Indian journal of veterinary science and animal husbandry - Volumes 18-21, 1948-1951
Year: 1948
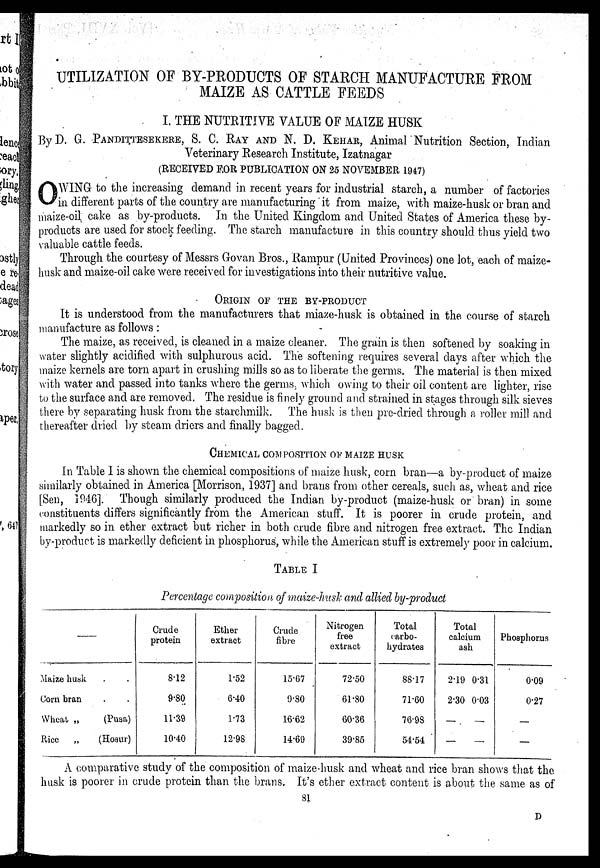
UTILIZATION OF BY-PRODUCTS OF STARCH MANUFACTURE FROM
MAIZE AS CATTLE FEEDS
I. THE NUTRITIVE VALUE OF MAIZE HUSK
By D. G. PANDITTESEKERE, S. C. RAY AND N. D.
, Animal Nutrition Section, Indian
Veterinary Research Institute, Izatnagar
(RECEIVED FOR PUBLICATION ON 25 NOVEMBER 1947)
O WING to the increasing demand in recent years for industrial starch, a number of factories
in different parts of the country are manufacturing it from maize, with maize-husk or bran and
maize-oil cake as by-products. In the United Kingdom and United States of America these by-
products are used for stock feeding. The starch manufacture in this country should thus yield two
valuable cattle feeds.
Through the courtesy of Messrs Govan Bros., Rampur (United Provinces) one lot, each of maize-
husk and maize-oil cake were received for investigations into their nutritive value.
ORIGIN OF THE BY-PRODUCT
It is understood from the manufacturers that miaze-husk is obtained in the course of starch
manufacture as follows:
The maize, as received, is cleaned in a maize cleaner. The grain is then softened by soaking in
water slightly acidified with sulphurous acid. The softening requires several days after which the
maize kernels are torn apart in crushing mills so as to liberate the germs. The material is then mixed
with water and passed into tanks where the germs, which owing to their oil content are lighter, rise
to the surface and are removed. The residue is finely ground and strained in stages through silk sieves
there by separating husk from the starchmilk. The husk is then pre-dried through a roller mill and
thereafter dried by steam driers and finally bagged.
CHEMICAL COMPOSITION OF MAIZE HUSK
In Table I is shown the chemical compositions of maize husk, corn bran—a by-product of maize
similarly obtained in America [Morrison, 1937] and brans from other cereals, such as, wheat and rice
[Sen, 1946]. Though similarly produced the Indian by-product (maize-husk or bran) in some
constituents differs significantly from the American stuff. It is poorer in crude protein, and
markedly so in ether extract but richer in both crude fibre and nitrogen free extract. The Indian
by-product is markedly deficient in phosphorus, while the American stuff is extremely poor in calcium.
TABLE I
Percentage composition of maize-husk and allied by-product
Maize husk . .
Corn bran . .
Wheat „
(Pusa)
Rice „
(Hosur)
Crude
protein
8.12
9.80
11.39
10.40
Ether
extract
1.52
6.40
1.73
12.98
Crude
fibre
15.67
9.80
16.62
14.69
Nitrogen
free
extract
72.50
61.80
60.36
39.85
Total
carbo-
hydrates
88.17
71.60
76.98
54.54
Total
calcium
ash
2.19
2.30
—
—
0.31
0.03
—
—
Phosphorus
0.09
0.27
—
—
A comparative study of the composition of maize-husk and wheat and rice bran shows that the
husk is poorer in crude protein than the brans. It's ether extract content is about the same as of
81
D